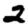
Digit: 2